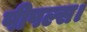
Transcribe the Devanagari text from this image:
पीपल्स।